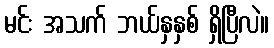
မင်း အသက် ဘယ်နှနှစ် ရှိပြီလဲ။